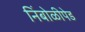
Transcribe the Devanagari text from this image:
निंबोळीपेड